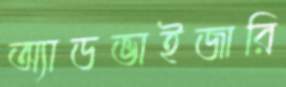
অ্যাডভাইজারি